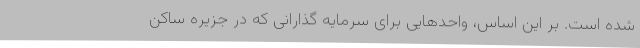
شده است. بر این اساس، واحدهایی برای سرمایه گذارانی که در جزیره ساکن